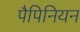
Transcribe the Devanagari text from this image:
पैपिनियन